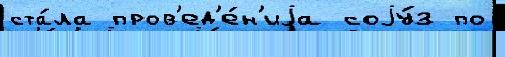
ста́ла пров'ед'е́н'иjа соjу́з по